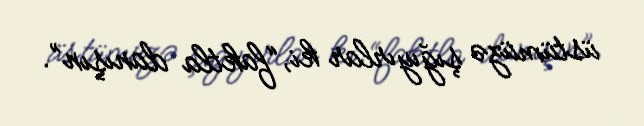
üstümüzə şığıyırlar ki, “faktla danışın”.